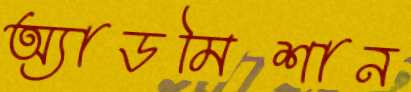
অ্যাডমিশান